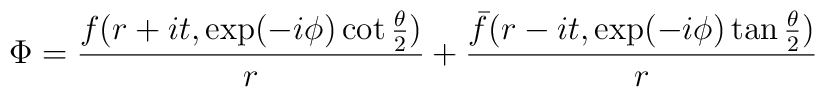
\Phi={f(r+it,\exp(-i\phi) \cot {\theta \over 2})\over r}+{\bar f(r-it,\exp(-i\phi) \tan {\theta \over 2})\over r}